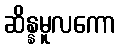
ဆိန္နမူလကော